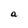
Character: a